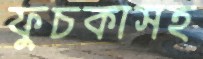
ফুচকাসহ